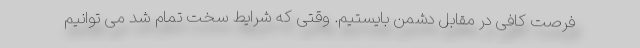
فرصت کافی در مقابل دشمن بایستیم. وقتی که شرایط سخت تمام شد می توانیم